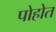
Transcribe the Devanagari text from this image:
पोहोत